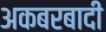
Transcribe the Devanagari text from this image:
अकबरबादी